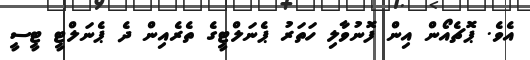
އެވެ. ޕޮޗެއޯން އިން ފޮނުވާލި ހަތަރު ޕެނަލްޓީގެ ތެރެއިން ދެ ޕެނަލްޓީ ޓީސީ